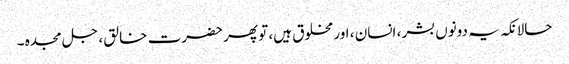
حالانکہ یہ دونوں بشر ، انسان ، اور مخلوق ہیں، تو پھر حضرت خالق ، جل مجدہ ۔